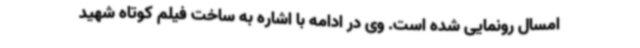
امسال رونمایی شده است. وی در ادامه با اشاره به ساخت فیلم کوتاه شهید